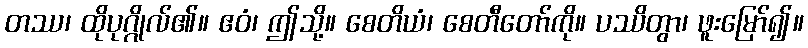
တဿ၊ ထိုပုဂ္ဂိုလ်၏။ ဧဝံ၊ ဤသို့။ စေတိယံ၊ စေတီတော်ကို။ ပဿိတွာ၊ ဖူးမြော်၍။